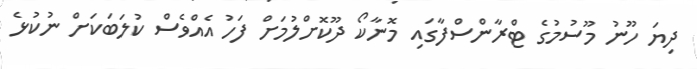
ދިޔަ ހޫނު މޫސުމުގެ ޓްރާންސްފާގައި މޮނާކޯ ދޫކޮށްލުމަށް ފަހު އެއްވެސް ކުލަބަކަށް ނުކުޅެ